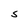
Character: S